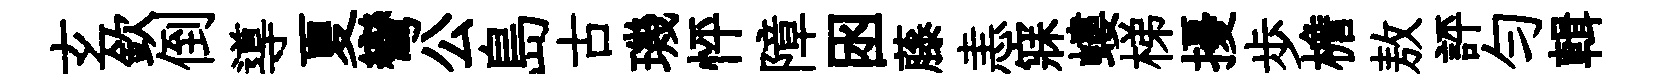
𤣥欽倒導夏彎公島古璣怦障囦藤恚寐螻梯擾歩檐敖評勻輯